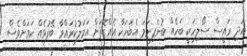
އަދި ރައީސް ސޯލިހަކީ ބަހެއް ބުނެފިނަމަ އެބަހަކާ އެއްގޮތަށް އަމަލުކުރައްވާ ބޭފުޅެއް ކަމަށްވެސް